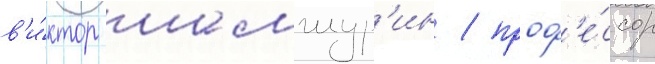
в'и́ктор шамшур'ин / проф'е́ссор